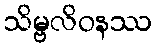
သိမ္ဗလိဝနဿ